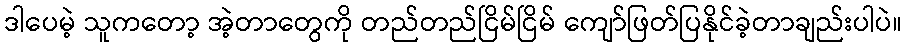
ဒါပေမဲ့ သူကတော့ အဲ့တာတွေကို တည်တည်ငြိမ်ငြိမ် ကျော်ဖြတ်ပြနိုင်ခဲ့တာချည်းပါပဲ။